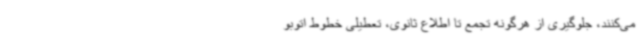
می‌کنند، جلوگیری از هرگونه تجمع تا اطلاع ثانوی، تعطیلی خطوط اتوبو